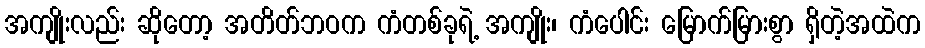
အကျိုးလည်း ဆိုတော့ အတိတ်ဘဝက ကံတစ်ခုရဲ့ အကျိုး၊ ကံပေါင်း မြောက်မြားစွာ ရှိတဲ့အထဲက